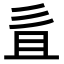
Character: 𢒉